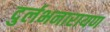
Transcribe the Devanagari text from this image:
दुर्लभनारायण